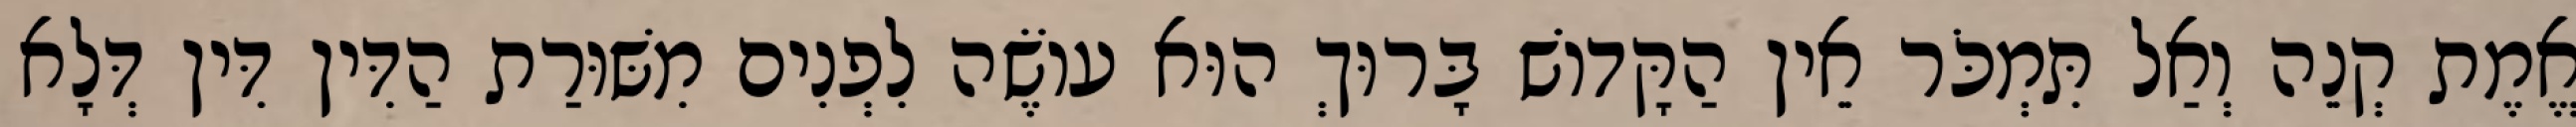
אֱמֶת קְנֵה וְאַל תִּמְכֹּר אֵין הַקָּדוֹשׁ בָּרוּךְ הוּא עוֹשֶׂה לִפְנִים מִשּׁוּרַת הַדִּין דִּין דְּלָא